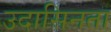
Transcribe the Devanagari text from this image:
उदासिनता